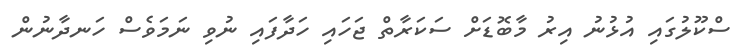
ސްކޫލުގައި އުޅުނު އިރު މާބޮޑަށް ސަކަރާތް ޖަހައި ހަދާފައި ނުވި ނަމަވެސް ހަނދާނުން